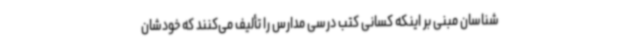
شناسان مبنی بر اینکه کسانی کتب درسی مدارس را تألیف می‌کنند که خودشان